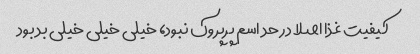
کیفیت غذا اصلا در حد اسم پرپروک نبود، خیلی خیلی خیلی بد بود